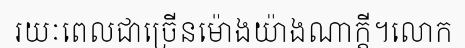
រយៈពេលជាច្រើនម៉ោងយ៉ាងណាក្តី។លោក